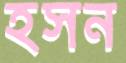
হসন